Scottish Leaving Certificate Examination, 1953
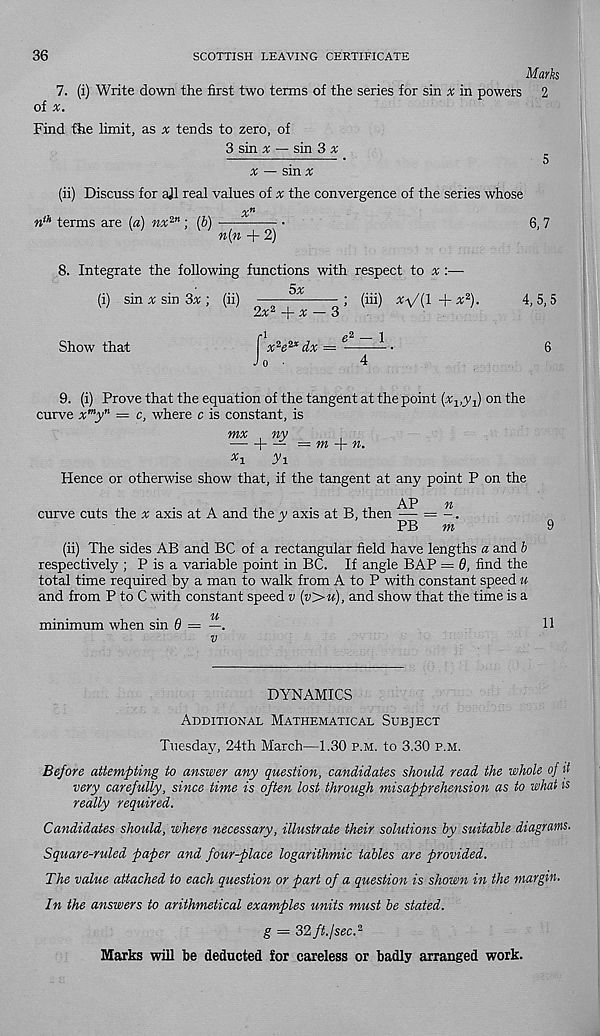
36
SCOTTISH LEAVING CERTIFICATE
Marks
7. (i) Write down the first two terms of the series for sin x in powers 2
of x.
Find the limit, as v tends to zero, of
3 sin m — sin 3 £
^
^ — sin x
(ii) Discuss for ajl real values of the convergence of the series whose
x n
n th terms are [a) nx in ; (b)
6, 7
n(n+2)
8. Integrate the following functions with respect to a; :—
•
5%
(i) sin a: sin 3a: ; (ii)
; (iii) x-\/(l + x 2 ).
4,5,5
2x d - ^ H
Show that
f x 2 e 2x dx = 6 -
•
6
Jo ■
4
9. (i) Prove that the equation of the tangent at the point (Aqjq) on the
curve x m y" = c, where c is constant, is
mx
x i
ny
+
— m + n.
y-r
Hence or otherwise show that, if the tangent at any point P on the
AP
' yi
curve cuts the x axis at A and the y axis at B, then — = -.
PB
m
(ii) The sides AB and BC of a rectangular field have lengths a and b
respectively ; P is a variable point in BC. If angle BAP = 0, find the
total time required by a man to walk from A to P with constant speed u
and from P to C with constant speed v (v>u), and show that the time is a
minimum when sin 6 —
v
9
11
DYNAMICS
Additional Mathematical Subject
Tuesday, 24th March—1.30 p.m. to 3.30 p.m.
Before attempting to answer any question, candidates should read the whole of it
very carefully, since time is often lost through misapprehension as to what is
really required.
Candidates should, where necessary, illustrate their solutions by suitable diagrams.
Square-ruled paper and four-place logarithmic tables are provided.
The value attached to each question or part of a question is shown in the margin.
In the answers to arithmetical examples units must be stated.
g = 32 ft. I sec. 2
Marks will be deducted for careless or badly arranged work.